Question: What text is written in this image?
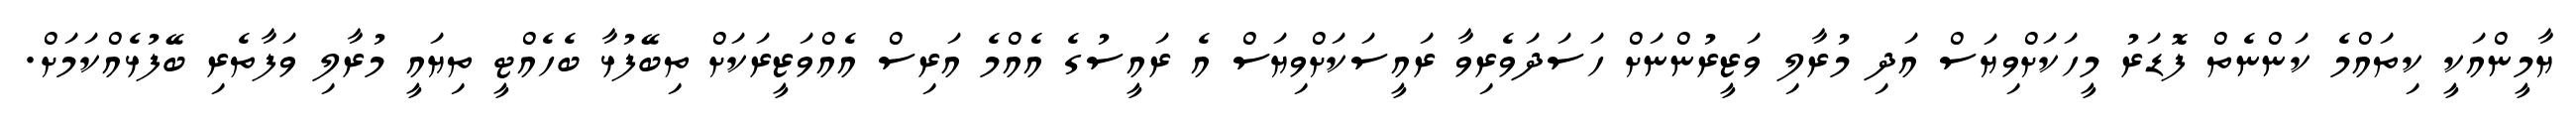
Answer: ޔާމީންއަކީ ކިތައްމެ ކަންނެތް ފޮޑަރު މީހަކަށްވިޔަސް އަދި މުރާލި ވަޒީރުންނަށް ހަސަދަވެރިވާ ރައީސަކަށްވިޔަސް އެ ރައީސުގެ އެއްމެ އަރިސް އެއްވަޒީރަކަށް ތިބޭފުޅާ ބެހެއްޓީ ތިޔައީ މުރާލި ވަފާތެރި ބޭފުޅެއްކަމަށް.